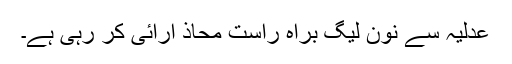
عدلیہ سے نُون لیگ براہ راست محاذ آرائی کر رہی ہے۔